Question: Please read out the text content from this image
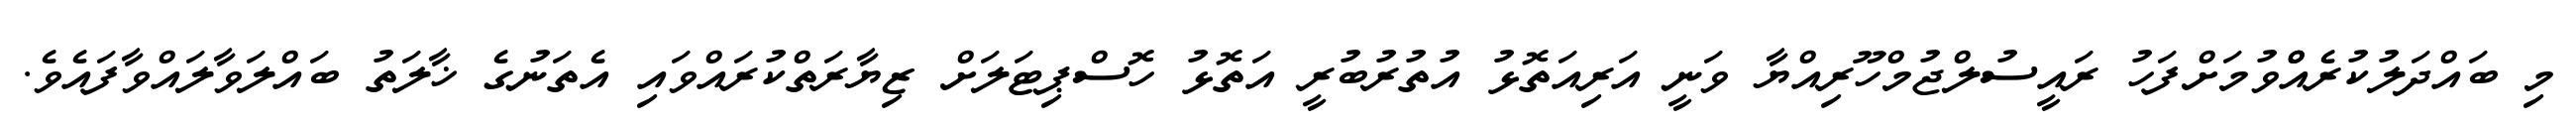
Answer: މި ބައްދަލުކުރެއްްވުމަށްފަހު ރައީސުލްޖުމްހޫރިއްޔާ ވަނީ އަރިއަތޮޅު އުތުރުބުރީ އަތޮޅު ހޮސްޕިޓަލަށް ޒިޔާރަތްކުރައްވައި އެތަނުގެ ޚާލަތު ބައްލަވާލައްވާފައެވެ.